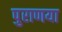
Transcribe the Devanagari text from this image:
पुराणया